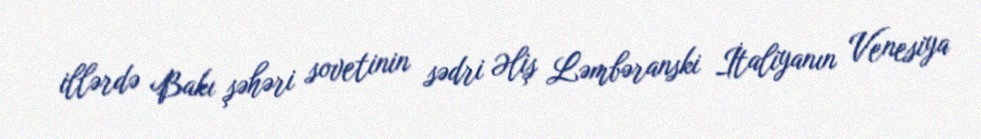
illərdə Bakı şəhəri sovetinin sədri Əliş Ləmbəranski İtaliyanın Venesiya